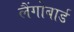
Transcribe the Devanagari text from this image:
लैंगोबार्ड